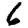
Digit: 6